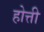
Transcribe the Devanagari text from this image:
होत्ती